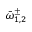
\bar { \omega } _ { 1 , 2 } ^ { \pm }